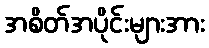
အစိတ်အပိုင်းများအား